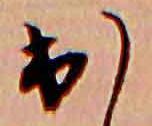
出